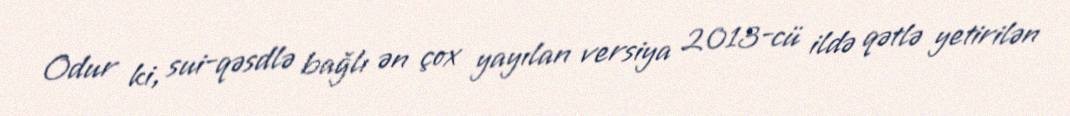
Odur ki, sui-qəsdlə bağlı ən çox yayılan versiya 2013-cü ildə qətlə yetirilən